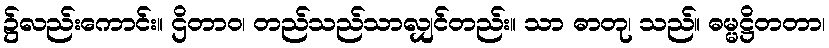
၌လည်းကောင်း။ ဌိတာဝ၊ တည်သည်သာလျှင်တည်း။ သာ ဓာတု၊ သည်။ ဓမ္မဋ္ဌိတတာ၊